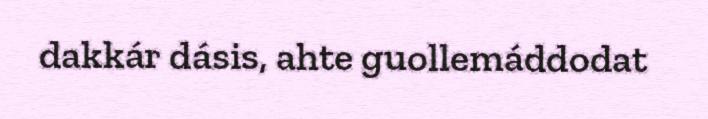
dakkár dásis, ahte guollemáddodat